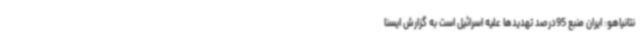
نتانیاهو: ایران منبع 95درصد تهدیدها علیه اسرائیل است به گزارش ایسنا